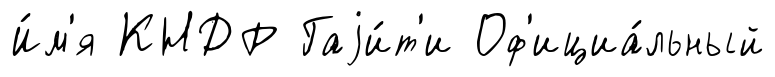
И́м'я КНДР Гаjи́т'и Оф'ициа́льный